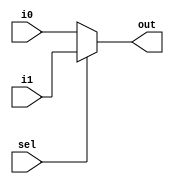
`timescale 1ns/1ns

module mux2_to_1(i0, i1, sel, out);

input [4:0] i0, i1;
input sel;
output [4:0] out;

assign #5 out = ~sel ? i0 : i1;

endmodule